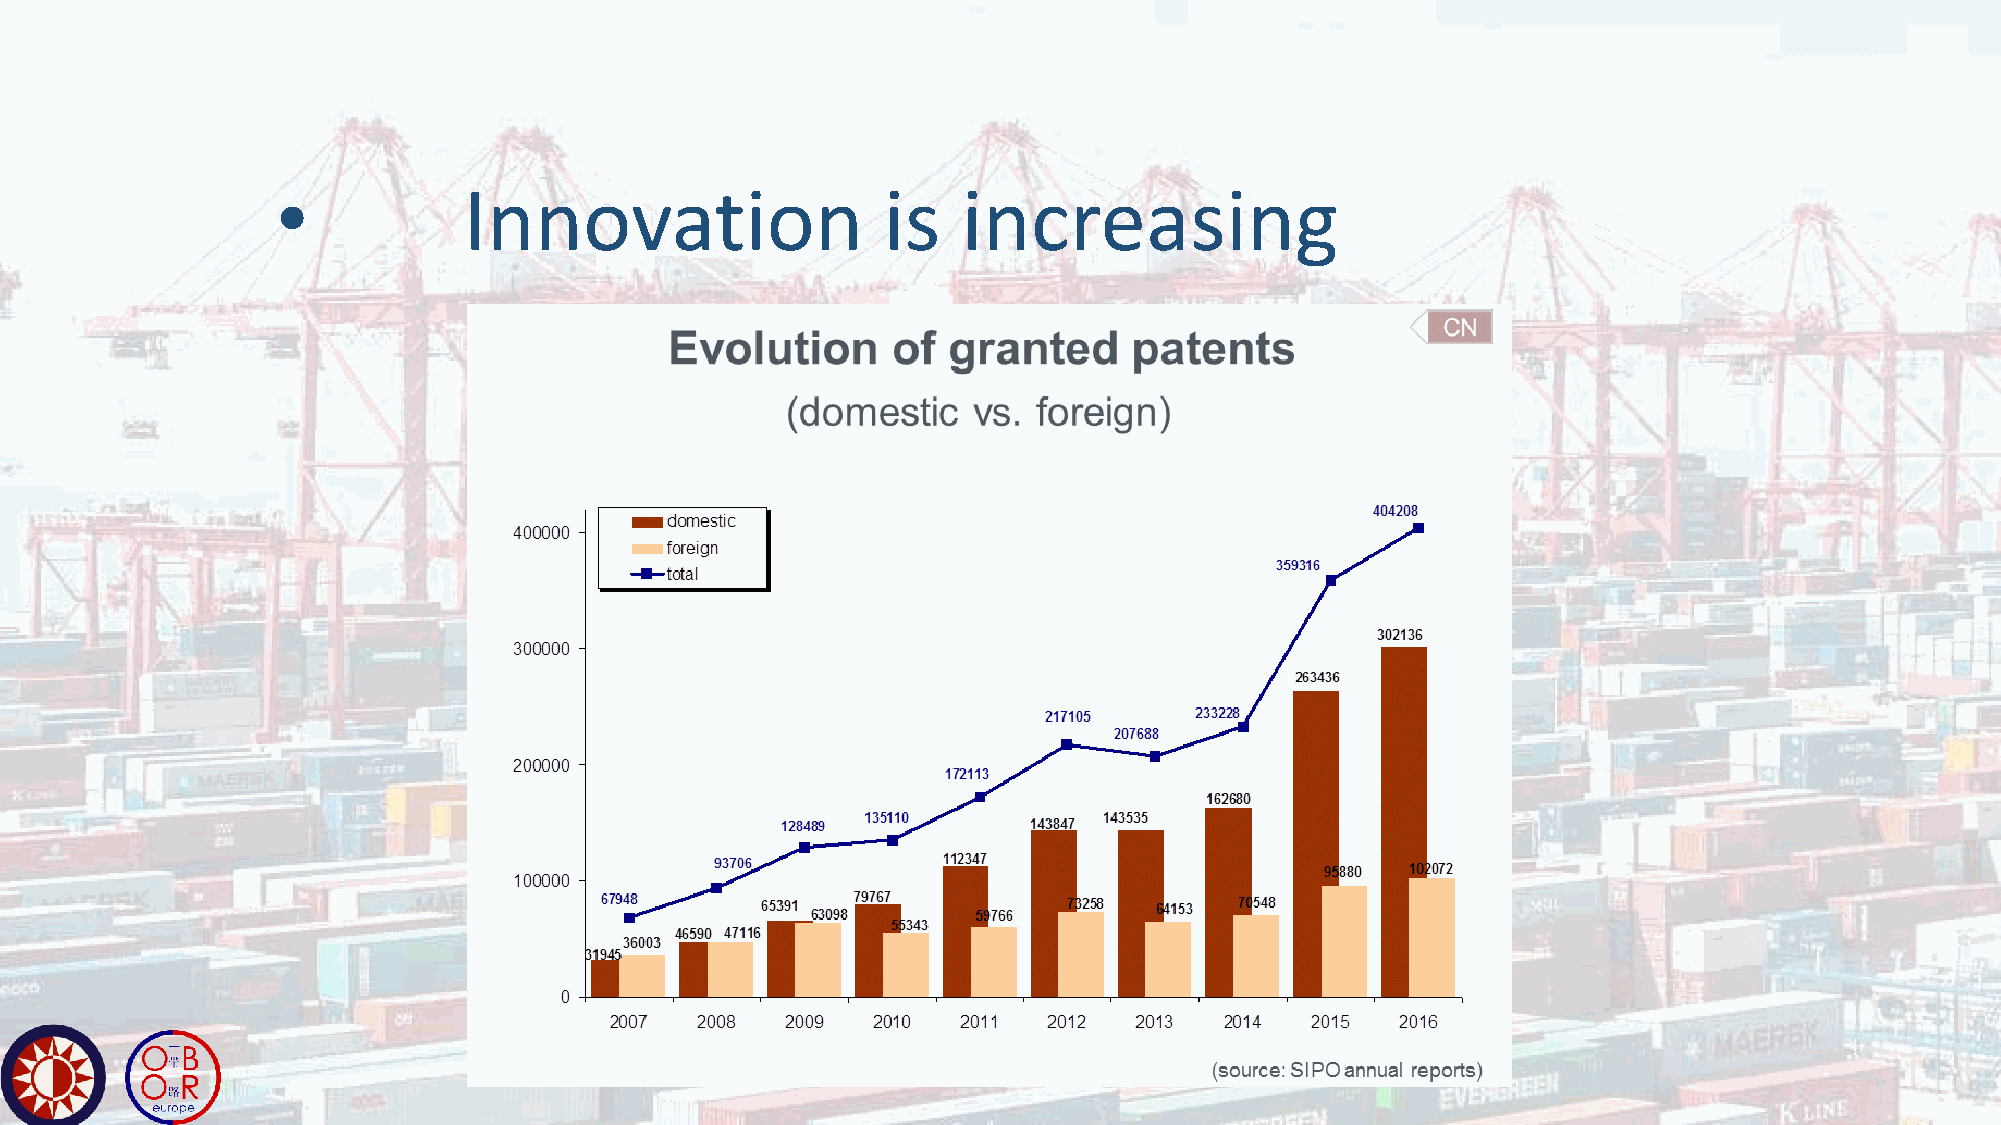
•            Innovation                 is    increasing